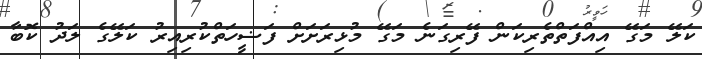
ކަލޭ މަގޭ އިއްފަތްތެރިކަން ފޭރިގަނެ މަގޭ މުޅިރަށަށް ފަޟީހަތްކުރިއިރު ކަލޭގެ ލަދު ކޮބާ